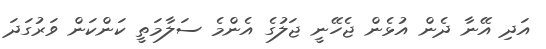
އަދި އޭނާ ދެން އުޅެން ޖެހޭނީ ޖަލުގެ އެންމެ ސަލާމަތީ ކަންކަން ވަރުގަދަ